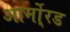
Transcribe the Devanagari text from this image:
आर्मो्रड